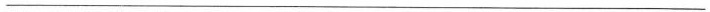
___